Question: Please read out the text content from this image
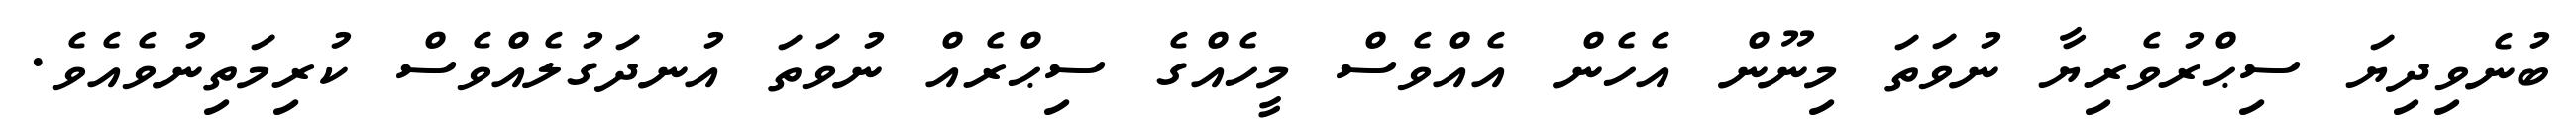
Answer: ބުނެވިދިޔަ ސިޙްރުވެރިޔާ ނުވަތަ މިނޫން އެހެން އެއްވެސް މީހެއްގެ ސިޙްރެއް ނުވަތަ އުނދަގުލެއްވެސް ކުރިމަތިނުވެއެވެ.